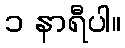
၁ နာရီပါ။